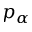
p _ { \alpha }